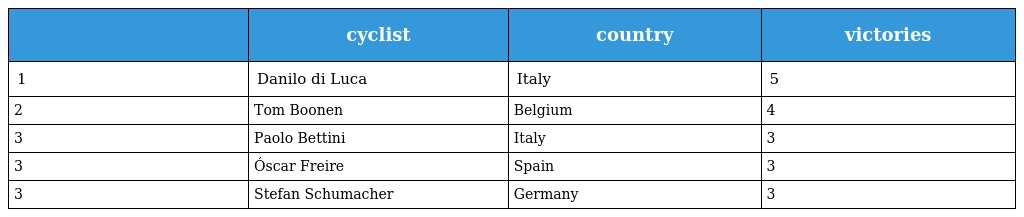
|  | cyclist | country | victories |
 | --- | --- | --- | --- |
 | 1 | Danilo di Luca | Italy | 5 |
 | 2 | Tom Boonen | Belgium | 4 |
 | 3 | Paolo Bettini | Italy | 3 |
 | 3 | Óscar Freire | Spain | 3 |
 | 3 | Stefan Schumacher | Germany | 3 |